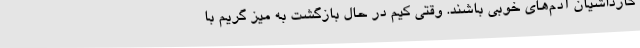
کارداشیان آدم‌های خوبی باشند. وقتی کیم در حال بازگشت به میز گریم با